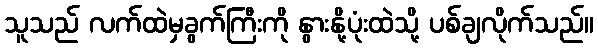
သူသည် လက်ထဲမှခွက်ကြီးကို နွားနို့ပုံးထဲသို့ ပစ်ချလိုက်သည်။